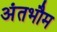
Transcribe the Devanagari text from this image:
अंतभौम